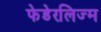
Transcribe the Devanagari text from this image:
फेडेरलिज्म